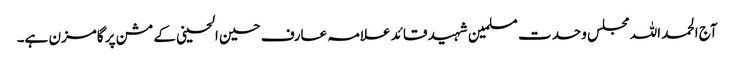
آج الحمد اللہ مجلس وحدت مسلمین شہید قائد علامہ عارف حسین الحسینی کے مشن پر گامزن ہے۔